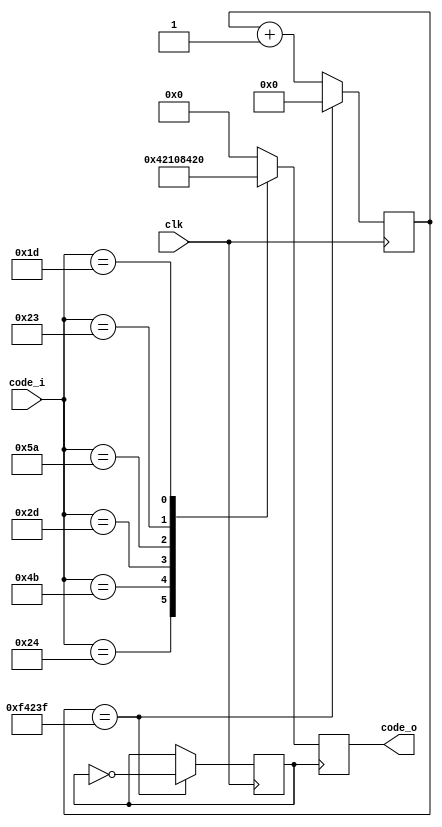
`timescale 1ns / 1ps
//////////////////////////////////////////////////////////////////////////////////
// Company: 
// Engineer: 
// 
// Design Name: 
// Module Name:    deco 
// Project Name: 
// Target Devices: 
// Tool versions: 
// Description: 
//
// Dependencies: 
//
// Revision: 
// Revision 0.01 - File Created
// Additional Comments: 
//
//////////////////////////////////////////////////////////////////////////////////
module deco(clk,code_i, code_o);

	input wire [7:0] code_i;
	input clk;
   output reg [5:0] code_o;
   reg [5:0] code_m;
	reg clko=1'b0;
	reg [19:0] cont=19'b0;
   

always @*
begin
	
		case (code_i)
				8'h24   : code_m <= 6'b000001;
				8'h4b   : code_m <= 6'b000010;
				8'h2d   : code_m <= 6'b000100;
				8'h5a   : code_m <= 6'b001000;
				8'h23   : code_m <= 6'b010000;
				8'h1d   : code_m <= 6'b100000;
				
				default : code_m <= 6'b0;
		endcase
	
		
		
		
		
end			
				



always@(posedge clk)
begin
	if(cont==20'd999999)
	begin
		cont=20'd0;
		clko=~clko;
		
		end
	else
		cont=cont+1'd1;


end

				
				
always@(posedge clko)
begin

code_o <= code_m;

end





endmodule